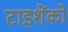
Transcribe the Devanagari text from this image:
टाइशेंको